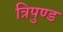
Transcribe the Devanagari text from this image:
त्रिपुण्ड